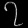
Digit: ၇